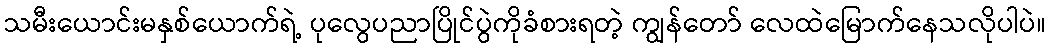
သမီးယောင်းမနှစ်ယောက်ရဲ့ ပုလွေပညာပြိုင်ပွဲကိုခံစားရတဲ့ ကျွန်တော် လေထဲမြောက်နေသလိုပါပဲ။